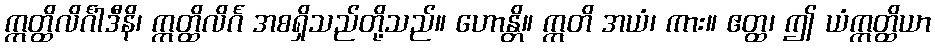
ဣတ္ထိလိင်္ဂါဒီနိ၊ ဣတ္ထိလိင်္ဂ အစရှိသည်တို့သည်။ ဟောန္တိ။ ဣတိ အယံ၊ ကား။ ဧတ္ထ၊ ဤ ယံဣတ္ထိယာ